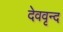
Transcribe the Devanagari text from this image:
देववृन्द